Lunatic asylums Madras 1892-1911 - 1892-1911
Year: 1892
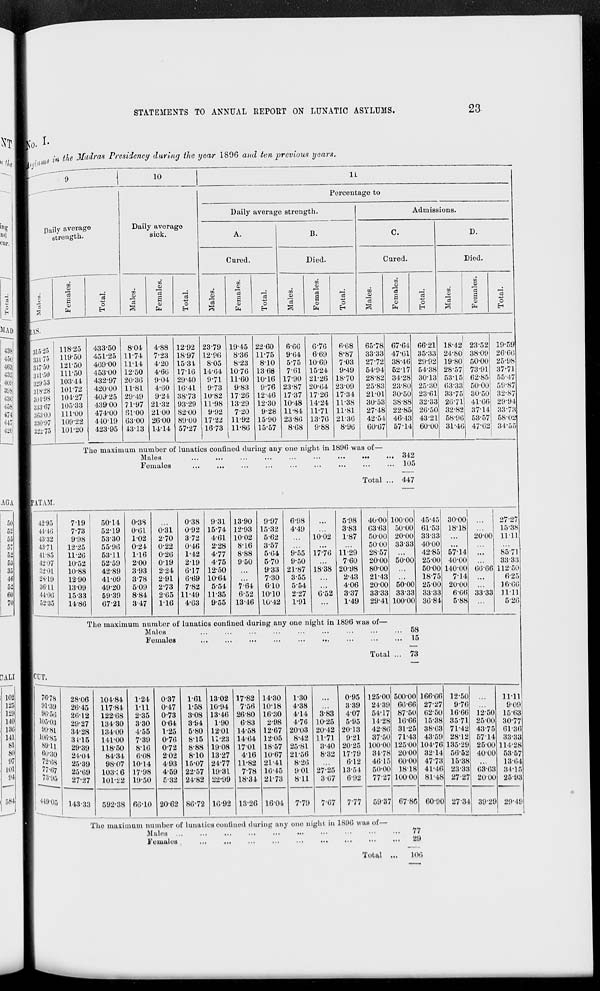
STATEMENTS TO ANNUAL REPOBT ON LUNATIC ASYLUMS.
23
. in the Madras Presidency during the year 1896 and ten previous years.
10
11
Daily average
strength.
2
831*75
8W50
gH'ol)
329-53
31*28
804*98
333-67
31)3-00
830-97
32x75
ID
£
fa
O
EH
Daily average
sick.
in
Percentage to
Daily average strength.
A.
Cured.
DO
GO
0)
o
c3
09
ca
£
cS
"3
i
O
O
m
fa
H
r^i
fa
o
B.
Died.
GO
01
00
o
a
IB
fa
o
EH
Admissions.
C.
Cured.
CO
CO
CO
0
fa
o
EH
D.
Died.
DO
0)
DO
ca
a
£
c3
cs
o
O
&
fa
EH
118-25
119-50
121-50
11150
103-41
101-72
101-27
10533
111-00
109-22
101-20
433-50
451-25
469-00
45300
432-97
420-00
403-25
439-00
474-00
440-19
423-95
804
11-74
1114
12-50
2036
11-81
29-49
71-97
61-00
6300
4313
4-88
723
4-20
4-66
9-04
4-60
9-24
21-32
2100
2600
14-14
12-92
1897
1531
17-16
29-40
16-41
38-73
9329
82-00
89-00
57-27
23-79
12-96
8-05
14-64
9-71
9-73
10-82
11-98
9-92
1722
16-73
19-45 22-60
6-06
6-76
6-68
65-78 67-64 66-21
8-36 11-75
9-64
6-69
8-87
33-33 47-61 35-33
8-23
810
575 10-69
703
27-72 38-46 29-92
1070 1368
7-61 15-24
9-49
54-94 52-17 54-38
11-60 10-16 17-90 21-26 18-70
28-82 34-28 30-13
983
976 23-87 20-64 23-09
25-83 23-80 25-30
1726 12-46 17-37 1726 17-34
21-01 30-50 2361
1329 1230 10-48 14-24 11-38
30-53 38-88 32-33
7-20
9-28 11-84 11-71 11-81
27-48 22-85 26-50
11-92 15-90 2386 13-76 2136
42-54 46-43 43-21
11-86 15-57
8-68
9-88
8-96
60-67 57-14 60-00
18-42
24-80
19-80
28-57
53-15:
68-83
33-75
20-71
32-82
58-90
31-46
23-52
38-09
50-00
73-91
62-85
50-00
30-50
41-66
37-14
53-57
47-02
The maximum number of lunatics confined during any one night in 1896 was of—
Males
...
...
...
...
...
...
...
...
Females
342
105
r,
19-59
26-60
25-98
37-71
55-47
59-87
32-87
29-94
38-78
58-02
34 - 55
Total ... 447
'AT AM.
102
121
129
MO
130
141
81
80
07
101
04
584
50
4295
719
52
41-H5
7-73
55
43-32
9-98
57
4371
1225
52
41-85
11-26
53
42-07
10-52
35
32-01
10-88
46
28-19
12-90
52
3611
13-09
60
44-08
15-33
70
52*35
14-86
ICCT.
44U-0-,
5014
0-3S
0-38
9-31 13-90
9-97
6-98
5-98
40-00 10000 45-45 30-00
i
52-19
0-61
0-31
0-92 15-74 12-93 1532
4-49
3-83
03-03 50-00 61-53 18-18
5330
1-02
2-70
3-72
4-61 1002
5-62
1002
1-87
5000 20-00 33-33
20-00j
55-96
0-24
0-22
0-46
2-28
8-16
3-57
50-00 33-33 40-00
5311
116
0-20
1-42
4-77
8-88
5-64
9-55 17-76 11-29
28-57
42-85 57-14
52-59
200
019
2-19
4-75
9-50
5-70
9-50
7-60
2000 50-00 25-00 40-00
42-89
3-93
2-24
6-17 1250
9-33 21-87 18-38 20-98
80-00
5000 140-00 60-66
41-09
3-78
2-91
6-69 1064
7-30
3-55
2-43
2143
18-75
7-14
49-20
5-09
2-73
7-82
5-54
7-64
6-10
5-54
406
20-00 5000 25 00 20-00
5939
8-84
265 11-49 11-35
6-52 10-10
227
6-52
3-37
33-33 33-33 33-33
6*66 3333
67-21
3-47
116 4-63 955 1316 i 10-42 1-91
...
1-49
2941 10000 36-84
5-88 ...
2727
1538
11-11
85-71
3333
112-50
6-25
16-00
11*11
5-26
Tho maximum number of lunatics confined during any ono night in 1896 was of—
Males
58
Females
...
...
...
...
...
...
...
...
... 15
Total ... 73
28-06
26-45
26-12
29-27
34-28
3115
29-39
21-01.
25-39
25-09
27-27
143-33
101-84
117-84
122-68
134-30
13409
141-00
118-50
84-34
98-07
103-: 6
101-22
592-38
1-24
111
2-35
3-30
4" 55
7-39
8-16
6*08
1014
17-98
19-50
00-10
0-37
0-17
0-73
0-04
1-25
0-76
0-72
202
4-93
4-59
5-32
101
1-58
308
3-94
5-80
815
8-88
8-10
15-07
22-57
24-82
20-62 86-72
1302
10-94
13-46
1-90
1201
11-23
1908
13-27
21-77
19-31
22-99
16-92
17-82
7-56
26-80
6-83
14-58
1464
1701
416
11-82
7-78
18-34
1326
14-30
10-18
1630
2-98
12-67
1205
18-57
10-67
2141
16-15
2173
1604
1-30
0-95 125-00 500-00 166-66 12-50
4-38
339
24-39 60-66 27-27
9-76
4-14
3-83
407
54-17 87-50 0250 16-66 12-50
4-76 10-25
5-95
14-28 16-66 15-38 3571 2500
2003 2012 2013
42-86 31-25 38-03 7142 43-75
8-42 11-71
921
3750 7143 43-59 28-12 5714
25-81
3-40 20-25 10000 125-00 101-76 135-29 25-00
2156
8-32 17-79
3478 2000 82*14 56-52 40-00
8-26
612
46-15 oo-oo 4773 15-38
901 27 25 13-51
50-00 1818 41-46 23-33 03-63
811
307
692
77-27 10000 81-48 27-27 2000
7-79
7-07 7-77 5937 67-86 60-90 2734 3929
i
1111
9-09
1563
30-77
61-36
33-33
114-28
53-57
13-04
3415
25-93
29-49
Tho maximum Dumber Of lunatics confined during any Dim night lu 1896 was of—
Males ...
...
...
...
...
...
...
•••
•■•
...
77
Fuiuulos
...
...
...
...
...
29
Total ...
106